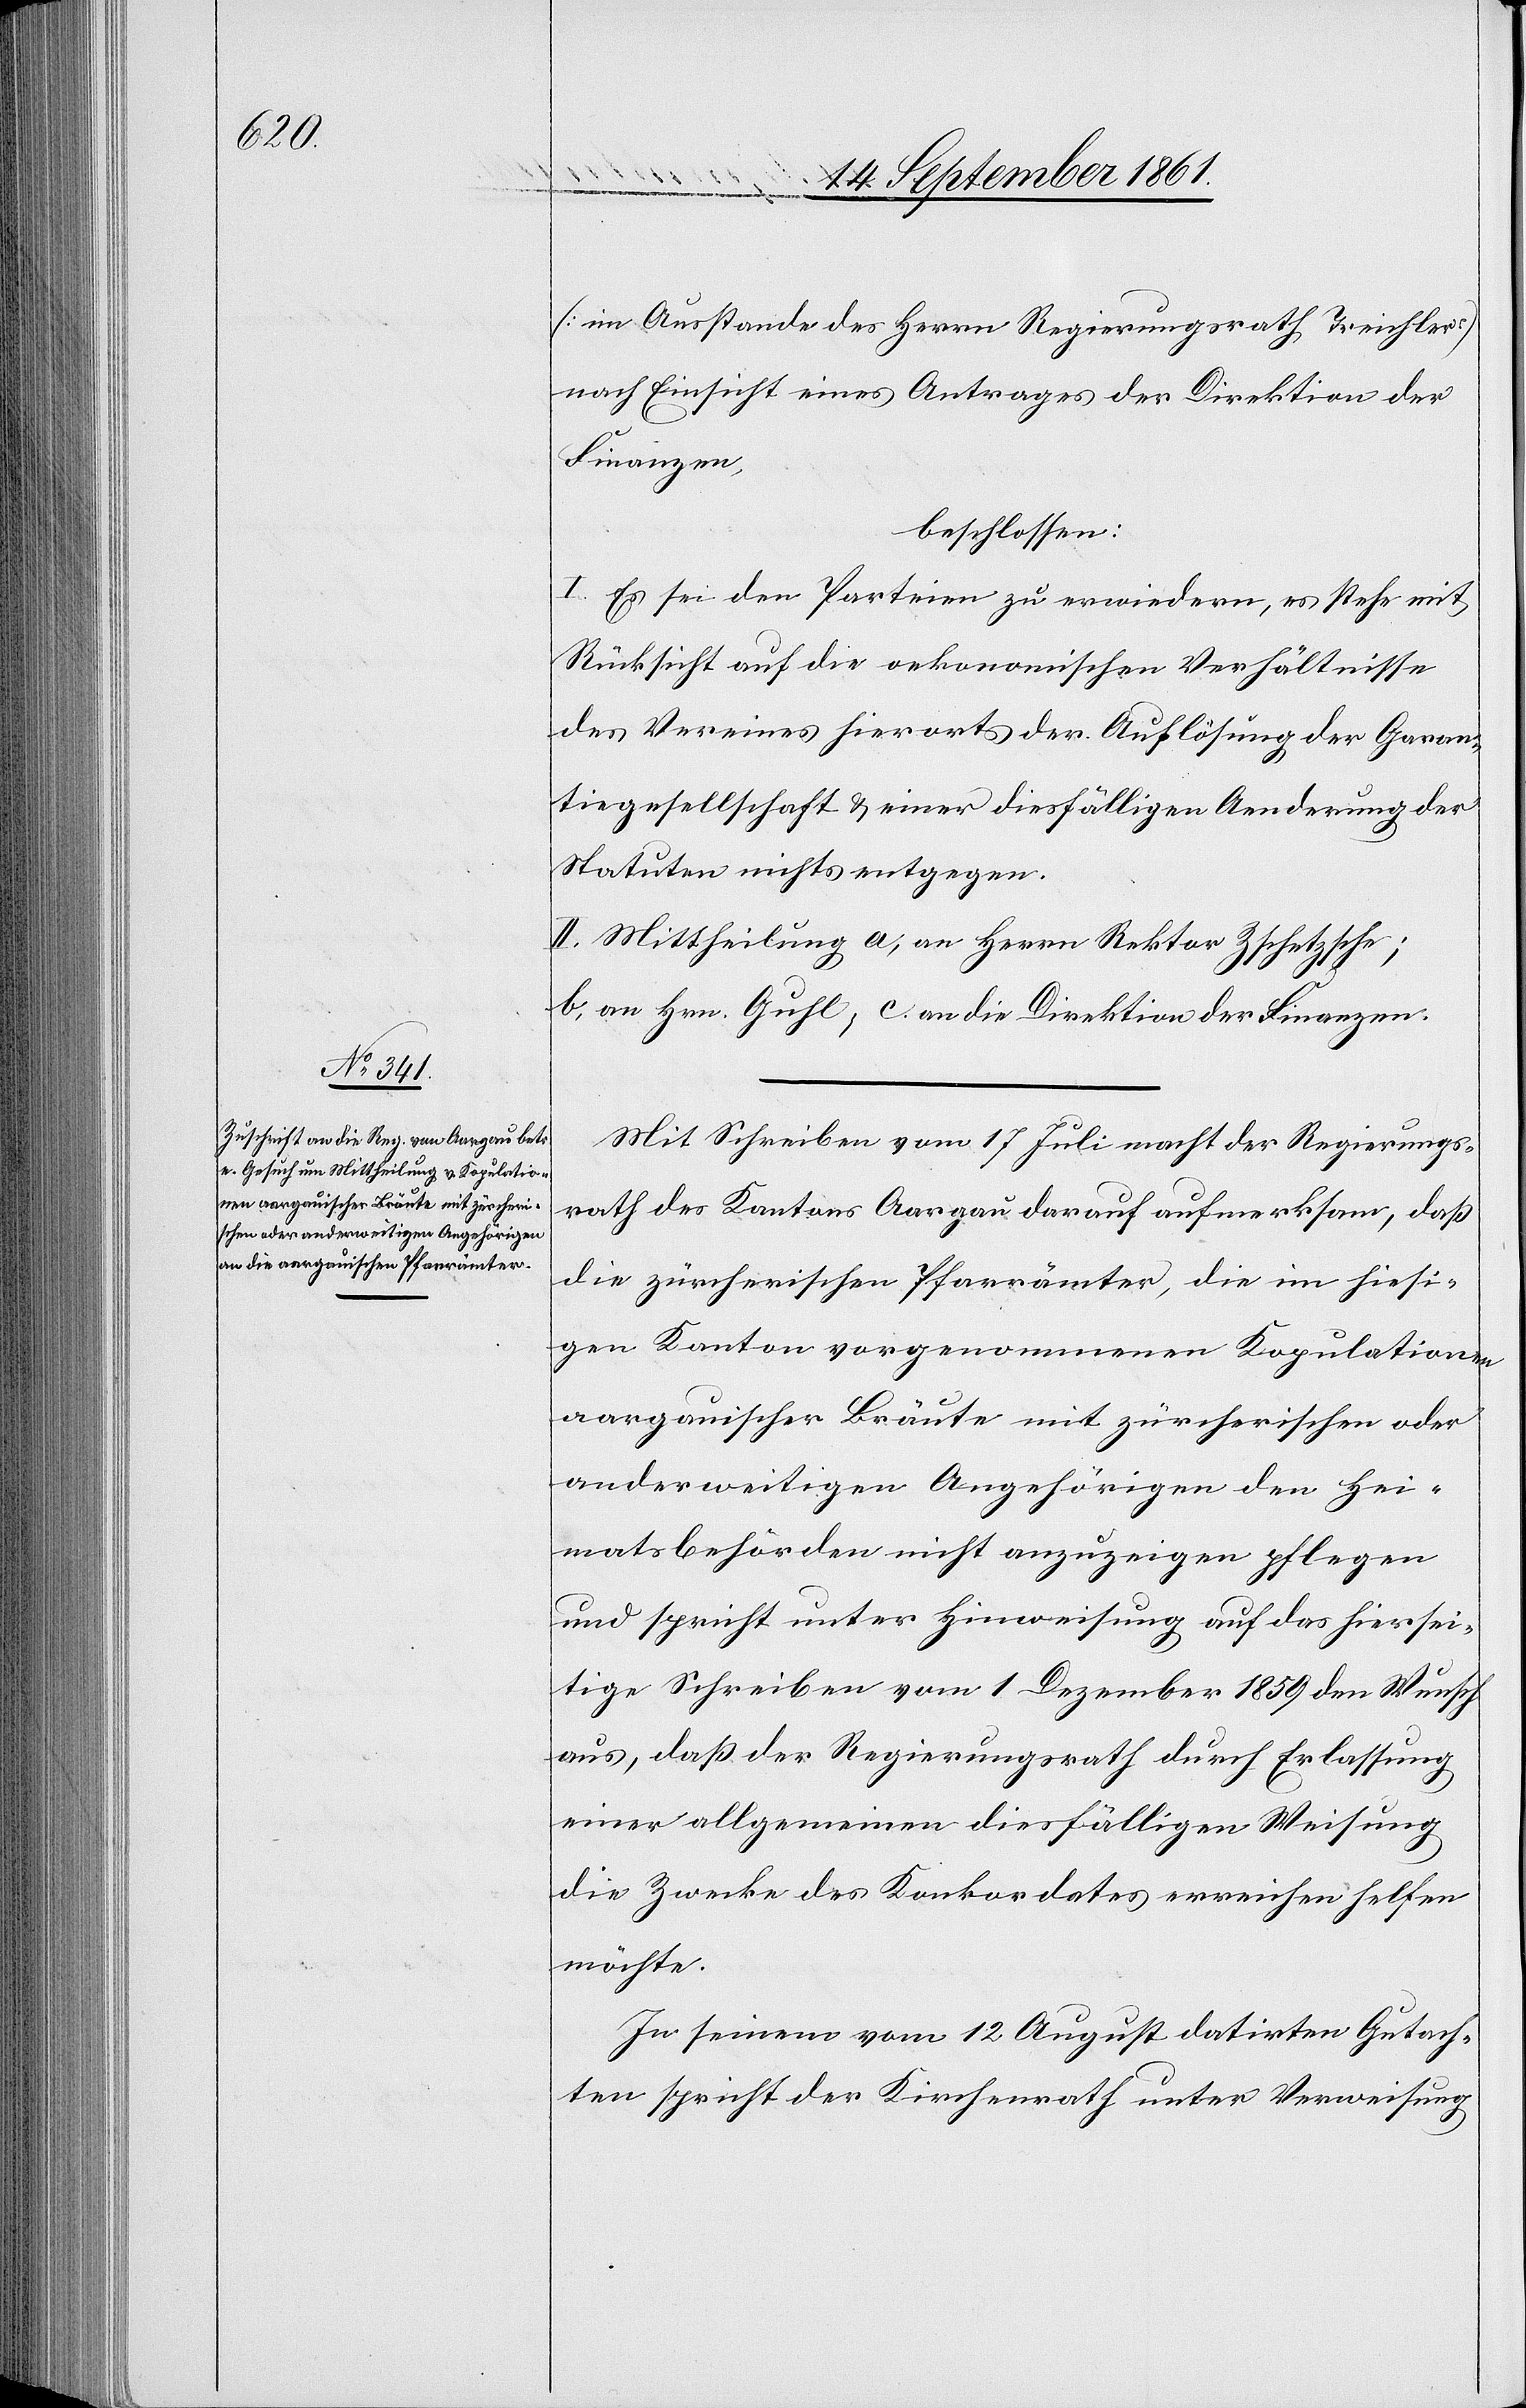
[im Ausstande des Herrn Regierungsrath Treichler]
nach Einsicht eines Antrages der Direktion der
Finanzen,
beschlossen:
I. Es sei den Parteien zu erwiedern, es stehe mit
Rücksicht auf die oekonomischen Verhältnisse
des Vereines hierorts der Auflösung der Garan¬
tiegesellschaft u. einer diesfälligen Aenderung der
Statuten nichts entgegen.
II. Mittheilung a, an Herrn Rektor Zschetzsche;
b, an Herrn Guhl, c. an die Direktion der Finanzen.
Mit Schreiben vom 17 Juli macht der Regierungs¬
rath des Kantons Aargau darauf aufmerksam, daß
die zürcherischen Pfarrämter, die im hiesi¬
gen Kanton vorgenommenen Kopulationen
aargauischer Bräute mit zürcherischen oder
anderweitigen Angehörigen der Hei¬
matsbehörden nicht anzuzeigen pflegen
und spricht unter Hinweisung auf das hiersei¬
tige Schreiben vom 1 Dezember 1859 den Wunsch
aus, daß der Regierungsrath durch Erlassung
einer allgemeinen diesfälligen Weisung
die Zwecke des Konkordates erreichen helfen
möchte.
In seinem vom 12 August datirten Gutach¬
ten spricht der Kirchenrath unter Verweisung